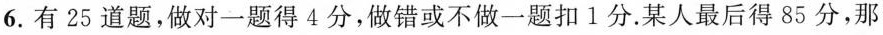
6.有25道题，做对一题得4分，做错或不做一题扣1分。某人最后得85分，那